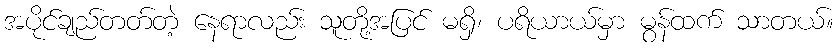
အပိုင်ချည်တတ်တဲ့ နေရာလည်း သူတို့အပြင် မရှိ၊ ပရိယာယ်မှာ မွန်ထက် သာတယ်။